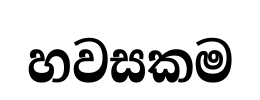
හවසකම